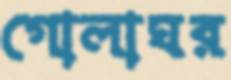
গোলাঘর